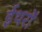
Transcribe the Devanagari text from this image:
ईथरों